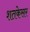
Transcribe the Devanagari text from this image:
शतकेसर